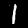
Label: 1